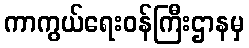
ကာကွယ်ရေးဝန်ကြီးဌာနမှ